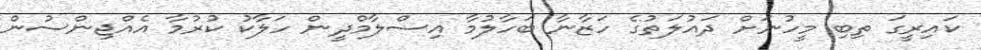
ކައިރީގަ ތިބި މީހުނަށް ދައުލަތުގެ ހަޒާނާ ބަހާލުމާ އިސްލާމްދީން ހަލާކު ކުރުމާ އެއްޖިންސުން